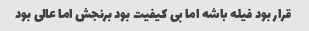
قرار بود فیله باشه اما بی کیفیت بود برنجش اما عالی بود